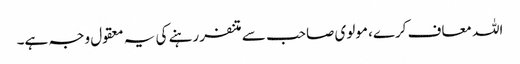
اللہ معاف کرے، مولوی صاحب سے متنفر رہنے کی یہ معقول وجہ ہے۔